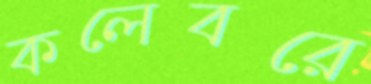
কলেবরে